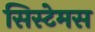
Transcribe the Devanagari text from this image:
सिस्टेमस